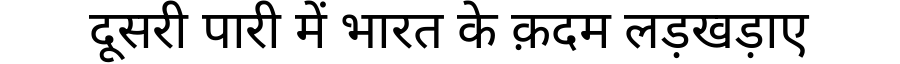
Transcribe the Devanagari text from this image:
दूसरी पारी में भारत के क़दम लड़खड़ाए